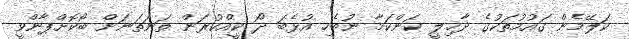
ކަލޭމެން ގައުމުތަކުގެ ދާޚިލީ ކަންކަމާ ނުބެހި އުޅެބަ ދޯ ކީއްކުރަން ތަނަތަނަށް ބޯކޮށްޕާންވީ